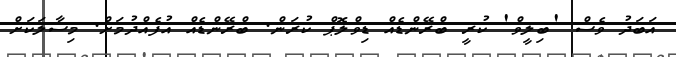
އަބަދު ވެސް 'ބިލީވް' ކުރީ ބްރޭންޑެއް ޑިވްލޮޕް ކުރަން. ބްރޭންޑެއް އުފެއްދުމަށް. މިސާލަކަށް